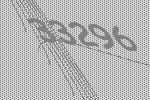
33296